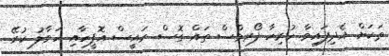
ތަކަށް އެދިފައިވާ ހުރިހާ ފޯރމްސް ތައް ގޮސް ރައީސް އޮފީހާއި ހަވާލު ކުރޭ